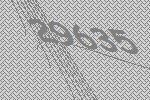
29635